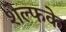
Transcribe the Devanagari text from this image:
शेल्फके